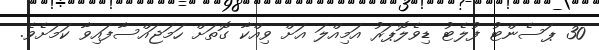
30 ޕަސެންޓު ފުލެޓު ޑިވެލޮޕަރު އަމިއްލަ އަށް ވިއްކާ ގޮތަށް ހަމަޖައްސާފައިވާ ކަމަށެވެ.